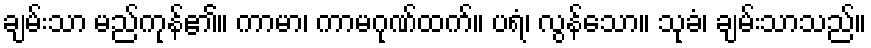
ချမ်းသာ မည်ကုန်၏။ ကာမာ၊ ကာမဂုဏ်ထက်။ ပရံ၊ လွန်သော။ သုခံ၊ ချမ်းသာသည်။